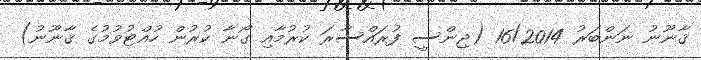
ޤާނޫނު ނަންބަރު 16/2014 (ޖިންސީ ފުރައްސާރަ ކުރުމާއި ގޯނާ ކުރުން ހުއްޓުވުމުގެ ޤާނޫނު)